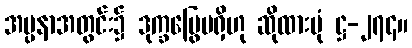
အပ္ပနာအတွင်း၌ ဒုက္ခမြွေမရှိဟု ဆိုထားပုံ ဋ္ဌ-၂၇၄။